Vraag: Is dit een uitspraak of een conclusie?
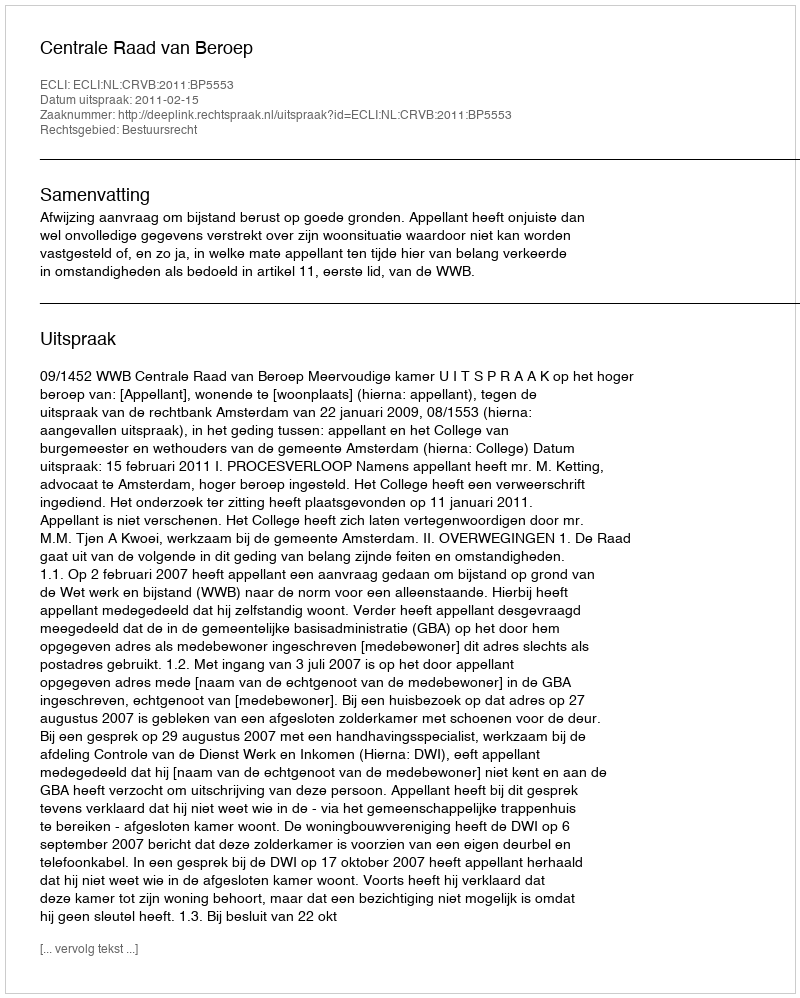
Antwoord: Uitspraak